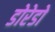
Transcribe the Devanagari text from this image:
डोरेडो